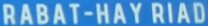
RABAT-HAY RIAD